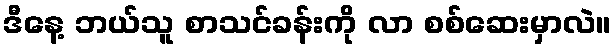
ဒီနေ့ ဘယ်သူ စာသင်ခန်းကို လာ စစ်ဆေးမှာလဲ။